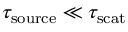
\tau _ { \mathrm { s o u r c e } } \ll \tau _ { \mathrm { s c a t } }